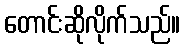
တောင်းဆိုလိုက်သည်။